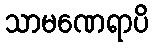
သာမဏေရာပိ